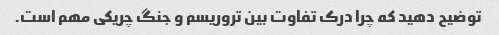
توضیح دهید که چرا درک تفاوت بین تروریسم و جنگ چریکی مهم است.